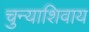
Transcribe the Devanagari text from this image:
चुन्याशिवाय